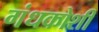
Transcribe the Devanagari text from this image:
गंधकोशी